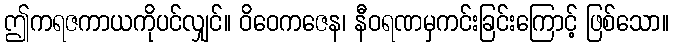
ဤကရဇကာယကိုပင်လျှင်။ ဝိဝေကဇေန၊ နီဝရဏမှကင်းခြင်းကြောင့် ဖြစ်သော။